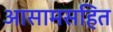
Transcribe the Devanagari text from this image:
आसामसहित